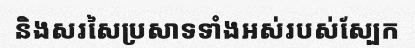
និងសរសៃប្រសាទទាំងអស់របស់ស្បែក